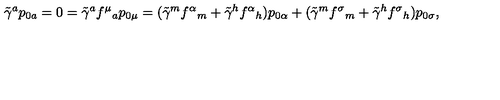
\tilde { \gamma } ^ { a } p _ { 0 a } = 0 = \tilde { \gamma } ^ { a } f ^ { \mu } { } _ { a } p _ { 0 \mu } = ( \tilde { \gamma } ^ { m } f ^ { \alpha } { } _ { m } + \tilde { \gamma } ^ { h } f ^ { \alpha } { } _ { h } ) p _ { 0 \alpha } + ( \tilde { \gamma } ^ { m } f ^ { \sigma } { } _ { m } + \tilde { \gamma } ^ { h } f ^ { \sigma } { } _ { h } ) p _ { 0 \sigma } ,